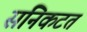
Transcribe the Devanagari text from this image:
संनिकटत